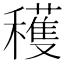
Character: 穫